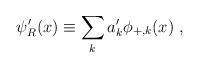
LaTeX: \begin{align*} \psi'_R(x) \equiv \sum_k a'_k\phi_{+,k}(x)\; ,\end{align*}